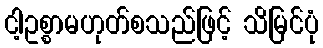
ငါ့ဥစ္စာမဟုတ်စသည်ဖြင့် သိမြင်ပုံ